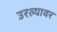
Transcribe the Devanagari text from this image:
उरल्यावर